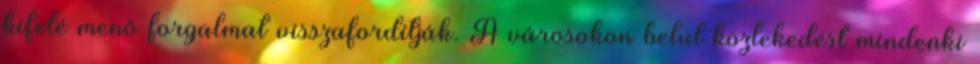
kifelé menő forgalmat visszafordítják. A városokon belül közlekedést mindenki